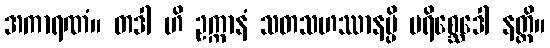
အကာရဏံ။ တဒါ ဟိ ဥက္ကာနံ သတသဟဿာနမ္ပိ ပရိစ္ဆေဒေါ နတ္ထိ။